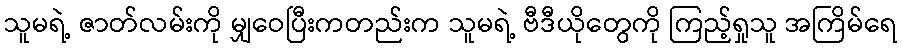
သူမရဲ့ ဇာတ်လမ်းကို မျှဝေပြီးကတည်းက သူမရဲ့ ဗီဒီယိုတွေကို ကြည့်ရှုသူ အကြိမ်ရေ